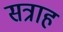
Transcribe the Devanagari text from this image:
सत्राह